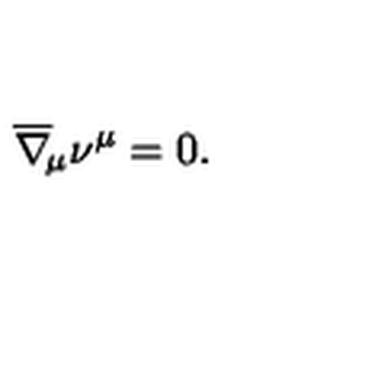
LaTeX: \overline { \nabla } _ { \! \mu } \nu ^ { \mu } = 0 .